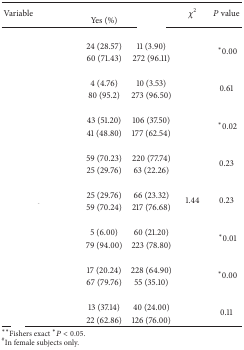
<table><thead><tr><td rowspan="2"><b>Variable</b></td><td colspan="2">[EMPTY_CELL]</td><td rowspan="2"><b><i>χ</i><sup>2</sup></b></td><td rowspan="2"><b><i>P</i> value</b></td></tr><tr><td><b>Yes (%)</b></td><td>[EMPTY_CELL]</td></tr></thead><tbody><tr><td>[EMPTY_CELL]</td><td>[EMPTY_CELL]</td><td>[EMPTY_CELL]</td><td>[EMPTY_CELL]</td><td>[EMPTY_CELL]</td></tr><tr><td>[EMPTY_CELL]</td><td>24 (28.57)</td><td>11 (3.90)</td><td rowspan="2">[EMPTY_CELL]</td><td rowspan="2"><sup>*</sup>0.00</td></tr><tr><td>[EMPTY_CELL]</td><td>60 (71.43)</td><td>272 (96.11)</td></tr><tr><td>[EMPTY_CELL]</td><td>[EMPTY_CELL]</td><td>[EMPTY_CELL]</td><td>[EMPTY_CELL]</td><td>[EMPTY_CELL]</td></tr><tr><td>[EMPTY_CELL]</td><td>4 (4.76)</td><td>10 (3.53)</td><td rowspan="2">[EMPTY_CELL]</td><td rowspan="2">0.61</td></tr><tr><td>[EMPTY_CELL]</td><td>80 (95.2)</td><td>273 (96.50)</td></tr><tr><td>[EMPTY_CELL]</td><td>[EMPTY_CELL]</td><td>[EMPTY_CELL]</td><td>[EMPTY_CELL]</td><td>[EMPTY_CELL]</td></tr><tr><td>[EMPTY_CELL]</td><td>43 (51.20)</td><td>106 (37.50)</td><td rowspan="2">[EMPTY_CELL]</td><td rowspan="2"><sup>*</sup>0.02</td></tr><tr><td>[EMPTY_CELL]</td><td>41 (48.80)</td><td>177 (62.54)</td></tr><tr><td>[EMPTY_CELL]</td><td>[EMPTY_CELL]</td><td>[EMPTY_CELL]</td><td>[EMPTY_CELL]</td><td>[EMPTY_CELL]</td></tr><tr><td>[EMPTY_CELL]</td><td>59 (70.23)</td><td>220 (77.74)</td><td rowspan="2">[EMPTY_CELL]</td><td rowspan="2">0.23</td></tr><tr><td>[EMPTY_CELL]</td><td>25 (29.76)</td><td>63 (22.26)</td></tr><tr><td>[EMPTY_CELL]</td><td>[EMPTY_CELL]</td><td>[EMPTY_CELL]</td><td>[EMPTY_CELL]</td><td>[EMPTY_CELL]</td></tr><tr><td>[EMPTY_CELL]</td><td>25 (29.76)</td><td>66 (23.32)</td><td rowspan="2">1.44</td><td rowspan="2">0.23</td></tr><tr><td>[EMPTY_CELL]</td><td>59 (70.24)</td><td>217 (76.68)</td></tr><tr><td>[EMPTY_CELL]</td><td>[EMPTY_CELL]</td><td>[EMPTY_CELL]</td><td>[EMPTY_CELL]</td><td>[EMPTY_CELL]</td></tr><tr><td>[EMPTY_CELL]</td><td>5 (6.00)</td><td>60 (21.20)</td><td rowspan="2">[EMPTY_CELL]</td><td rowspan="2"><sup>*</sup>0.01</td></tr><tr><td>[EMPTY_CELL]</td><td>79 (94.00)</td><td>223 (78.80)</td></tr><tr><td>[EMPTY_CELL]</td><td>[EMPTY_CELL]</td><td>[EMPTY_CELL]</td><td>[EMPTY_CELL]</td><td>[EMPTY_CELL]</td></tr><tr><td>[EMPTY_CELL]</td><td>17 (20.24)</td><td>228 (64.90)</td><td rowspan="2">[EMPTY_CELL]</td><td rowspan="2"><sup>*</sup>0.00</td></tr><tr><td>[EMPTY_CELL]</td><td>67 (79.76)</td><td>55 (35.10)</td></tr><tr><td>[EMPTY_CELL]</td><td>[EMPTY_CELL]</td><td>[EMPTY_CELL]</td><td>[EMPTY_CELL]</td><td>[EMPTY_CELL]</td></tr><tr><td>[EMPTY_CELL]</td><td>13 (37.14)</td><td>40 (24.00)</td><td rowspan="2">[EMPTY_CELL]</td><td rowspan="2">0.11</td></tr><tr><td>[EMPTY_CELL]</td><td>22 (62.86)</td><td>126 (76.00)</td></tr></tbody></table>